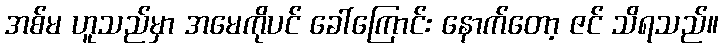
အစ်မ ဟူသည်မှာ အမေကိုပင် ခေါ်ကြောင်း နောက်တော့ ဇင် သိရသည်။